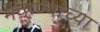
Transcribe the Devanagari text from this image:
मेव्हण्यांच्या